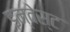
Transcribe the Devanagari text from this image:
इन्वेस्ट